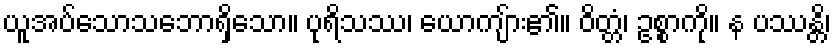
ယူအပ်သောသဘောရှိသော။ ပုရိသဿ၊ ယောကျ်ား၏။ ဝိတ္တံ၊ ဥစ္စာကို။ န ပဿန္တိ၊